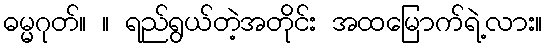
ဓမ္မဂုတ်။ ။ ရည်ရွယ်တဲ့အတိုင်း အထမြောက်ရဲ့လား။